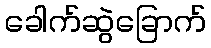
ခေါက်ဆွဲခြောက်